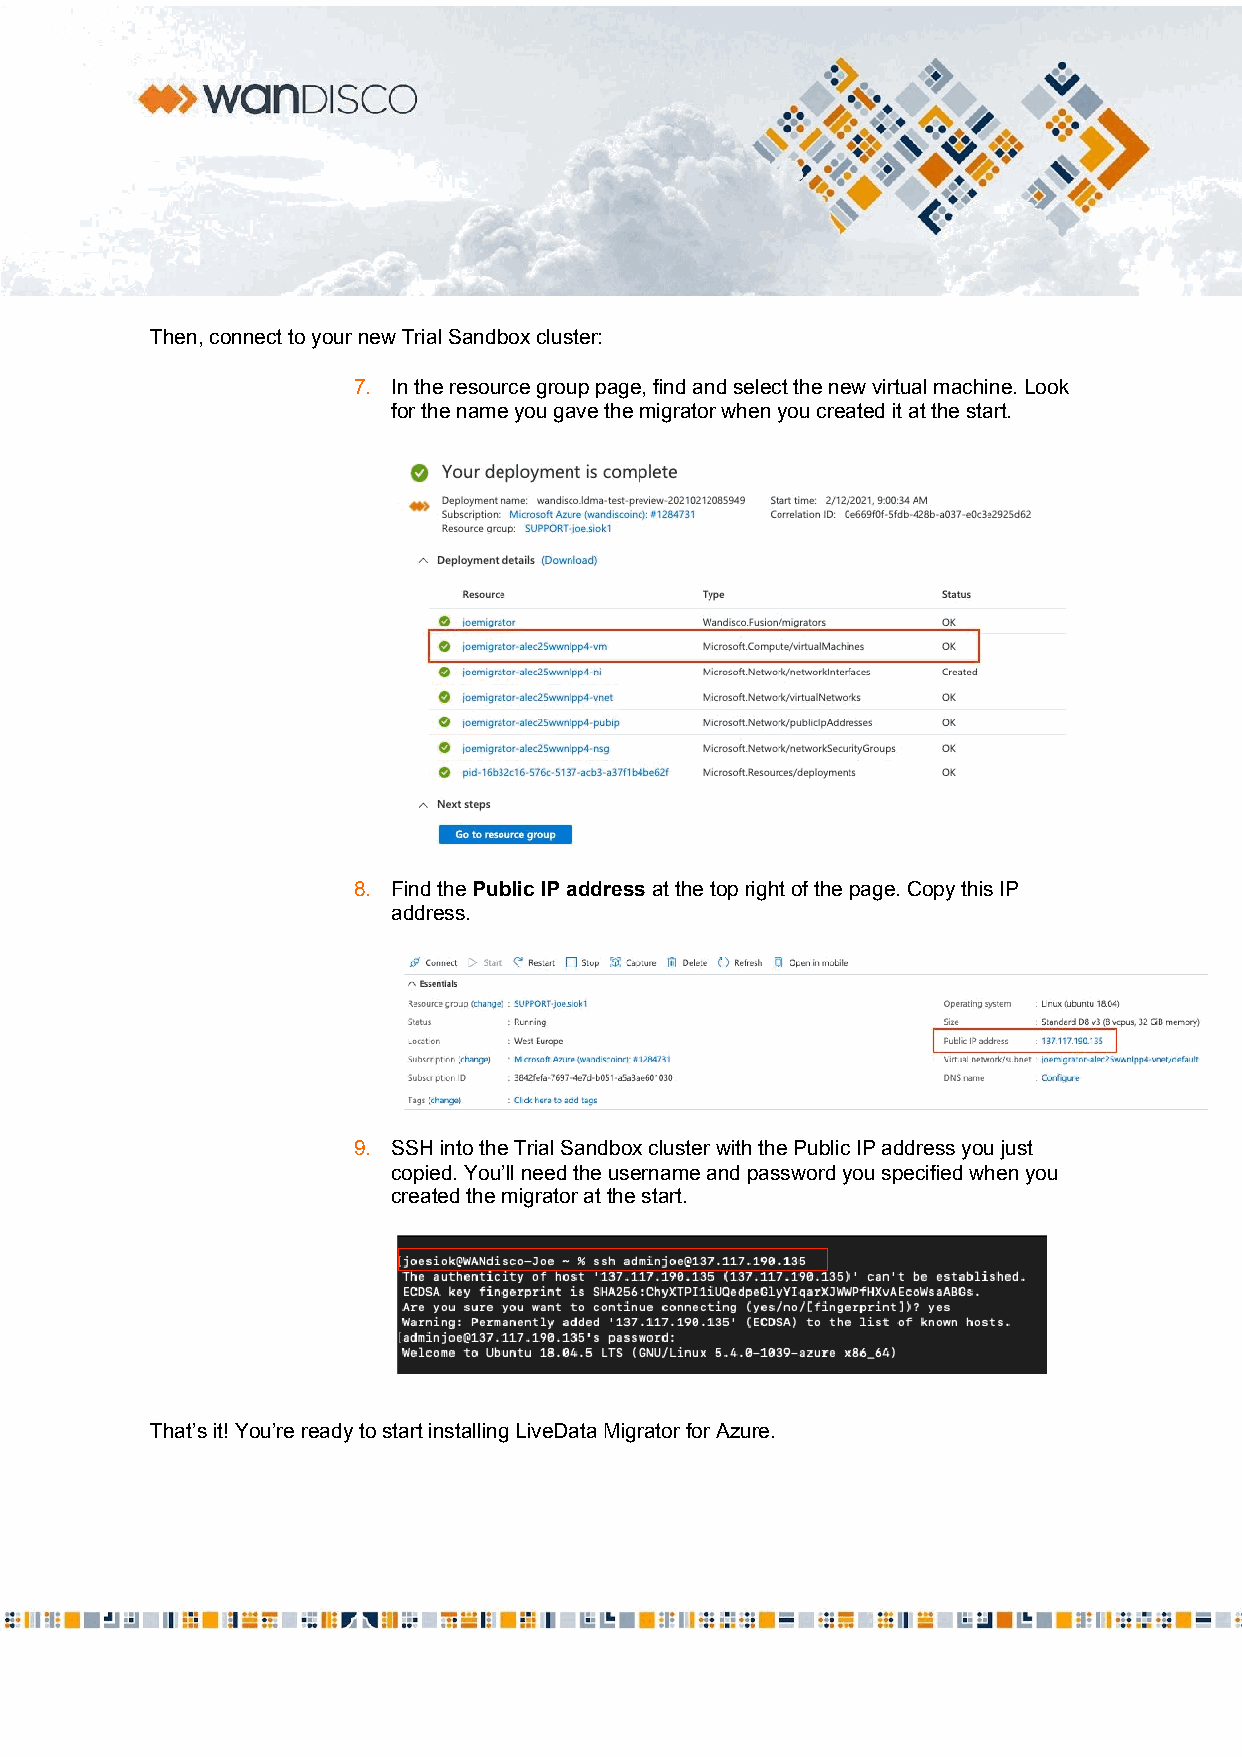
Then, connect to your new Trial Sandbox cluster:
 7. In the resource group page, find and select the new virtual machine. Look
 for the name you gave the migrator when you created it at the start.
 8. Find the Public IP address at the top right of the page. Copy this IP
 ​           ​
 address.
 9. SSH into the Trial Sandbox cluster with the Public IP address you just
 copied. You’ll need the username and password you specified when you
 created the migrator at the start.
 That’s it! You’re ready to start installing LiveData Migrator for Azure.